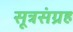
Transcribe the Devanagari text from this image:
सूत्रसंग्रह